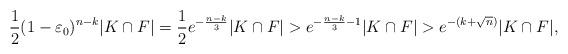
LaTeX: \begin{align*}\frac{1}{2}(1-\varepsilon_0)^{n-k}|K\cap F|=\frac{1}{2}e^{-\frac{n-k}{3}}|K\cap F|>e^{-\frac{n-k}{3}-1}|K\cap F|>e^{-(k+\sqrt{n})}|K\cap F|,\end{align*}